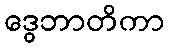
ဒွေဘာတိကာ